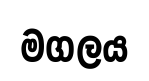
මගලය